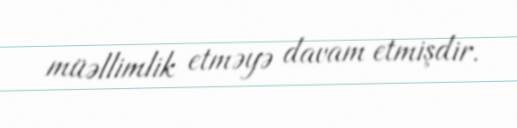
müəllimlik etməyə davam etmişdir.